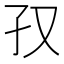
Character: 𫲡